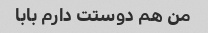
من هم دوستت دارم بابا